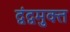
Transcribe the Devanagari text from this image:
द्वंद्वमुक्त